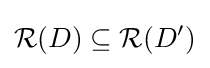
{\mathcal {R}}(D)\subseteq {\mathcal {R}}(D')